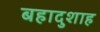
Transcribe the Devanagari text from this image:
बहादुशाह